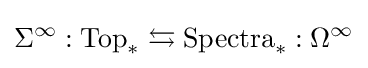
\Sigma ^{\infty }:{\text{Top}}_{*}\leftrightarrows {\text{Spectra}}_{*}:\Omega ^{\infty }